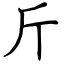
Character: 斤